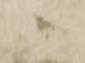
ま